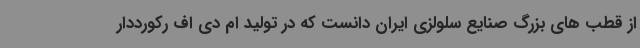
از قطب های بزرگ صنایع سلولزی ایران دانست که در تولید ام دی اف رکورددار